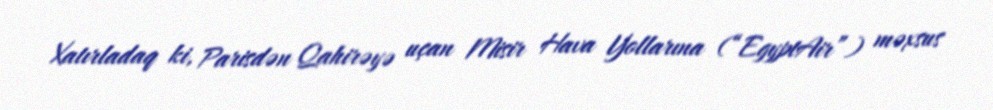
Xatırladaq ki, Parisdən Qahirəyə uçan Misir Hava Yollarına (“EgyptAir”) məxsus